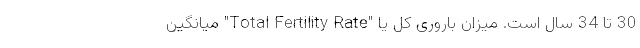
30 تا 34 سال است. میزان باروری کل یا "Total Fertility Rate" میانگین